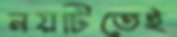
নয়টিতেই